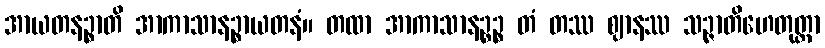
အာယတနဉ္စာတိ အာကာသာနဉ္စာယတနံ။ တထာ အာကာသာနဉ္စဉ္စ တံ တဿ ဈာနဿ သဉ္ဇာတိဟေတုတ္တာ